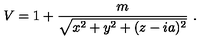
V = 1 + { \frac { m } { \sqrt { x ^ { 2 } + y ^ { 2 } + ( z - i a ) ^ { 2 } } } } \ .